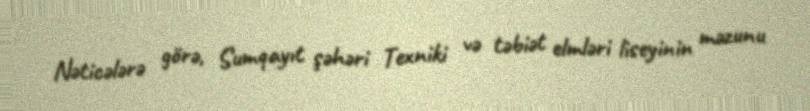
Nəticələrə görə, Sumqayıt şəhəri Texniki və təbiət elmləri liseyinin məzunu